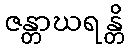
ဇန္တာဃရန္တိ